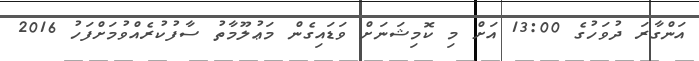
އަންގާރަ ދުވަހުގެ 13:00 އަށް މި ކޮމިޝަނަށް ވަޑައިގެން މަޢުލޫމާތު ސާފުކުރެއްވުމަށްފަހު 2016